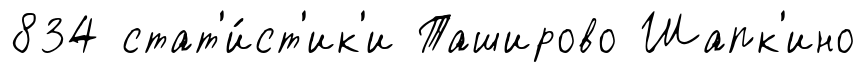
834 стат'и́ст'ик'и Таширово Шапк'ино